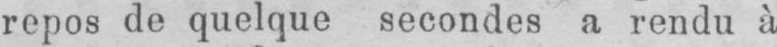
repos de quelque secondes a rendu à